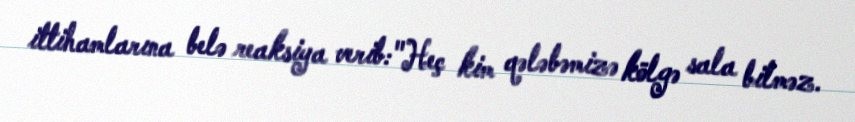
ittihamlarına belə reaksiya verib:"Heç kim qələbəmizə kölgə sala bilməz.